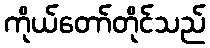
ကိုယ်တော်တိုင်သည်